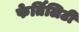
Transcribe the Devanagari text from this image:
फेर्तिलिटी